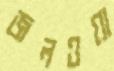
জলওয়া